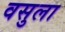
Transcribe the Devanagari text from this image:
वसुला